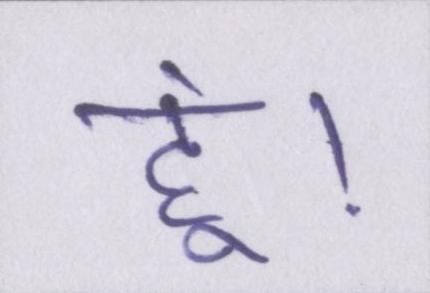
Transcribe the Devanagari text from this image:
हूं।